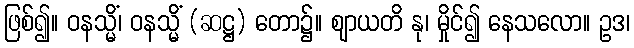
ဖြစ်၍။ ဝနသ္မိံ၊ ဝနသ္မိံ (ဆဋ္ဌ) တော၌။ ဈာယတိ နု၊ မှိုင်၍ နေသလော။ ဥဒ၊